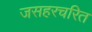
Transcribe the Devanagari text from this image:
जसहरचरित